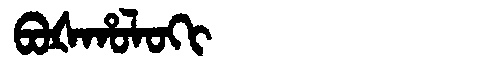
Manchu: ᠪᠣᡧᡥᠣᠯᠣᡴᡳ
Romanization: BOŠHOLOKI